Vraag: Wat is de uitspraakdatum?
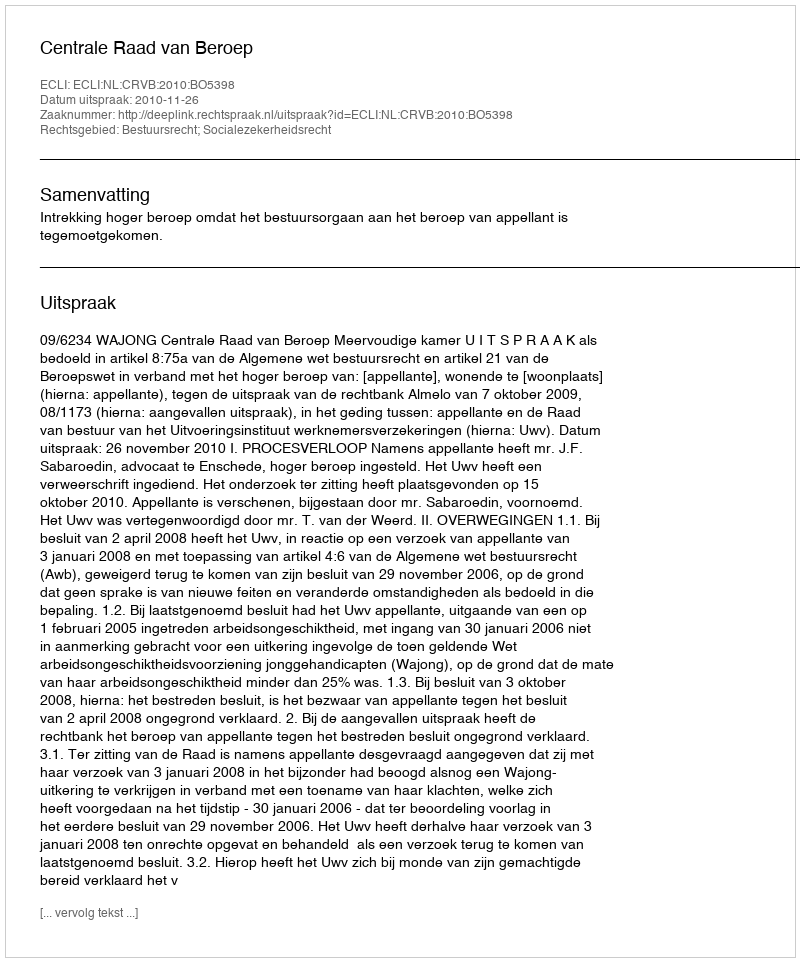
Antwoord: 2010-11-26